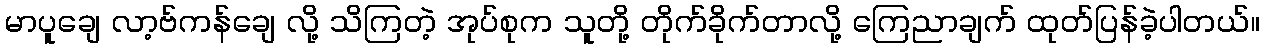
မာပူချေ လာ့ဗ်ကန်ချေ လို့ သိကြတဲ့ အုပ်စုက သူတို့ တိုက်ခိုက်တာလို့ ကြေညာချက် ထုတ်ပြန်ခဲ့ပါတယ်။